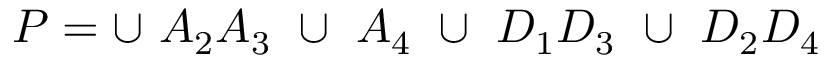
P = \cup ~ A _ { 2 } A _ { 3 } ~ \cup ~ A _ { 4 } ~ \cup ~ D _ { 1 } D _ { 3 } ~ \cup ~ D _ { 2 } D _ { 4 }